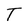
Character: T